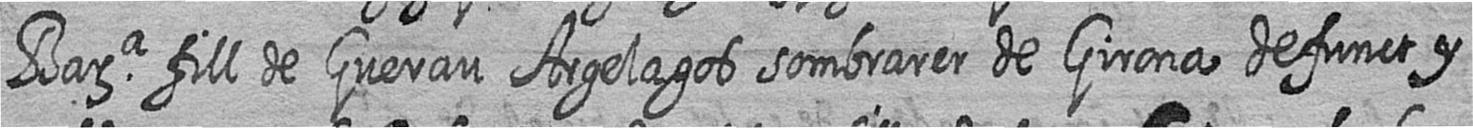
Bara fill de Guerau Argelagos sombrarer de Girona defunct y